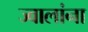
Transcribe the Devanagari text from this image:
ज्वालांना